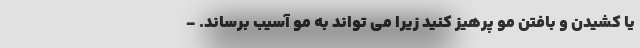
یا کشیدن و بافتن مو پرهیز کنید زیرا می تواند به مو آسیب برساند. -